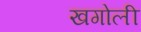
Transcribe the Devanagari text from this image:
खगोली